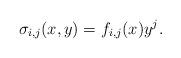
LaTeX: \begin{align*}\sigma_{i,j}(x,y)=f_{i,j}(x)y^j.\end{align*}